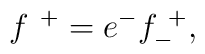
f^{~+} = e^{-} f^{~+}_{-} , \qquad